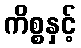
ကိစ္စနှင့်